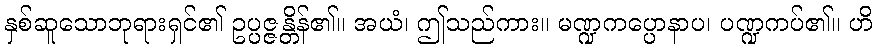
နှစ်ဆူသောဘုရားရှင်၏ ဥပ္ပဇ္ဇန္တိန်၏။ အယံ၊ ဤသည်ကား။ မဏ္ဍကပ္ပောနာပ၊ ပဏ္ဍကပ်၏။ ဟိ